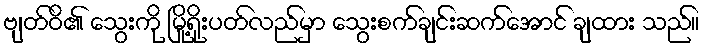
ဗျတ်ဝိ၏ သွေးကို မြို့ရိုးပတ်လည်မှာ သွေးစက်ချင်းဆက်အောင် ချထား သည်။